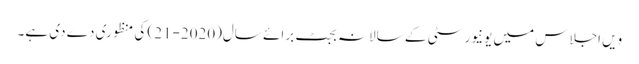
ویں اجلاس میں یونیورسٹی کے سالانہ بجٹ برائے سال(2020-21) کی منظوری دے دی ہے۔